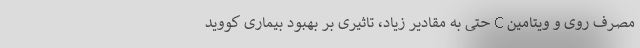
مصرف روی و ویتامین C حتی به مقادیر زیاد، تاثیری بر بهبود بیماری کووید